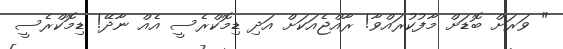
" ވަރަށް ބޮޑަށް މާފުކުރައްވާ! ރާއްޖެއަކަށް އަދި ޑިމޮކްރެސީ އެއް ނާދޭ! ޑިމޮކްރެސީ